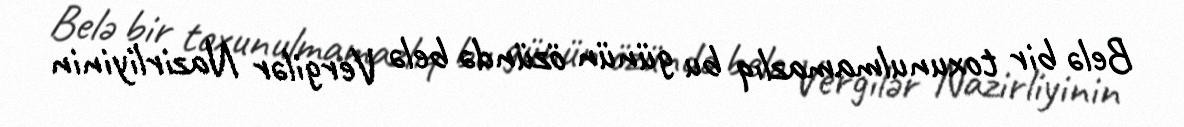
Belə bir toxunulmamazlıq bu günün özündə belə Vergilər Nazirliyinin